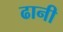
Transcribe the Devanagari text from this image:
ढानी